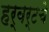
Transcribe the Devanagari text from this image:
हर्बर्टचे